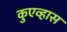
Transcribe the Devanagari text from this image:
कुएव्हास